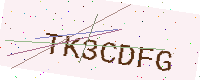
Text: TK3CDFG